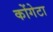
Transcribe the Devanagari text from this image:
कोंगेटा